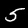
Label: 5